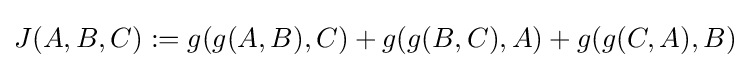
J(A,B,C):=g(g(A,B),C)+g(g(B,C),A)+g(g(C,A),B)